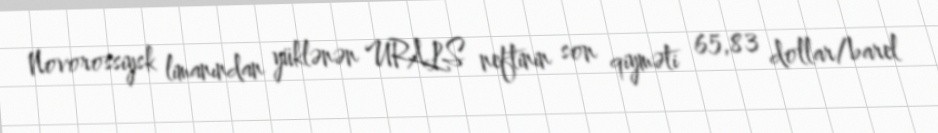
Novorossiysk limanından yüklənən URALS neftinin son qiyməti 65,83 dollar/barel